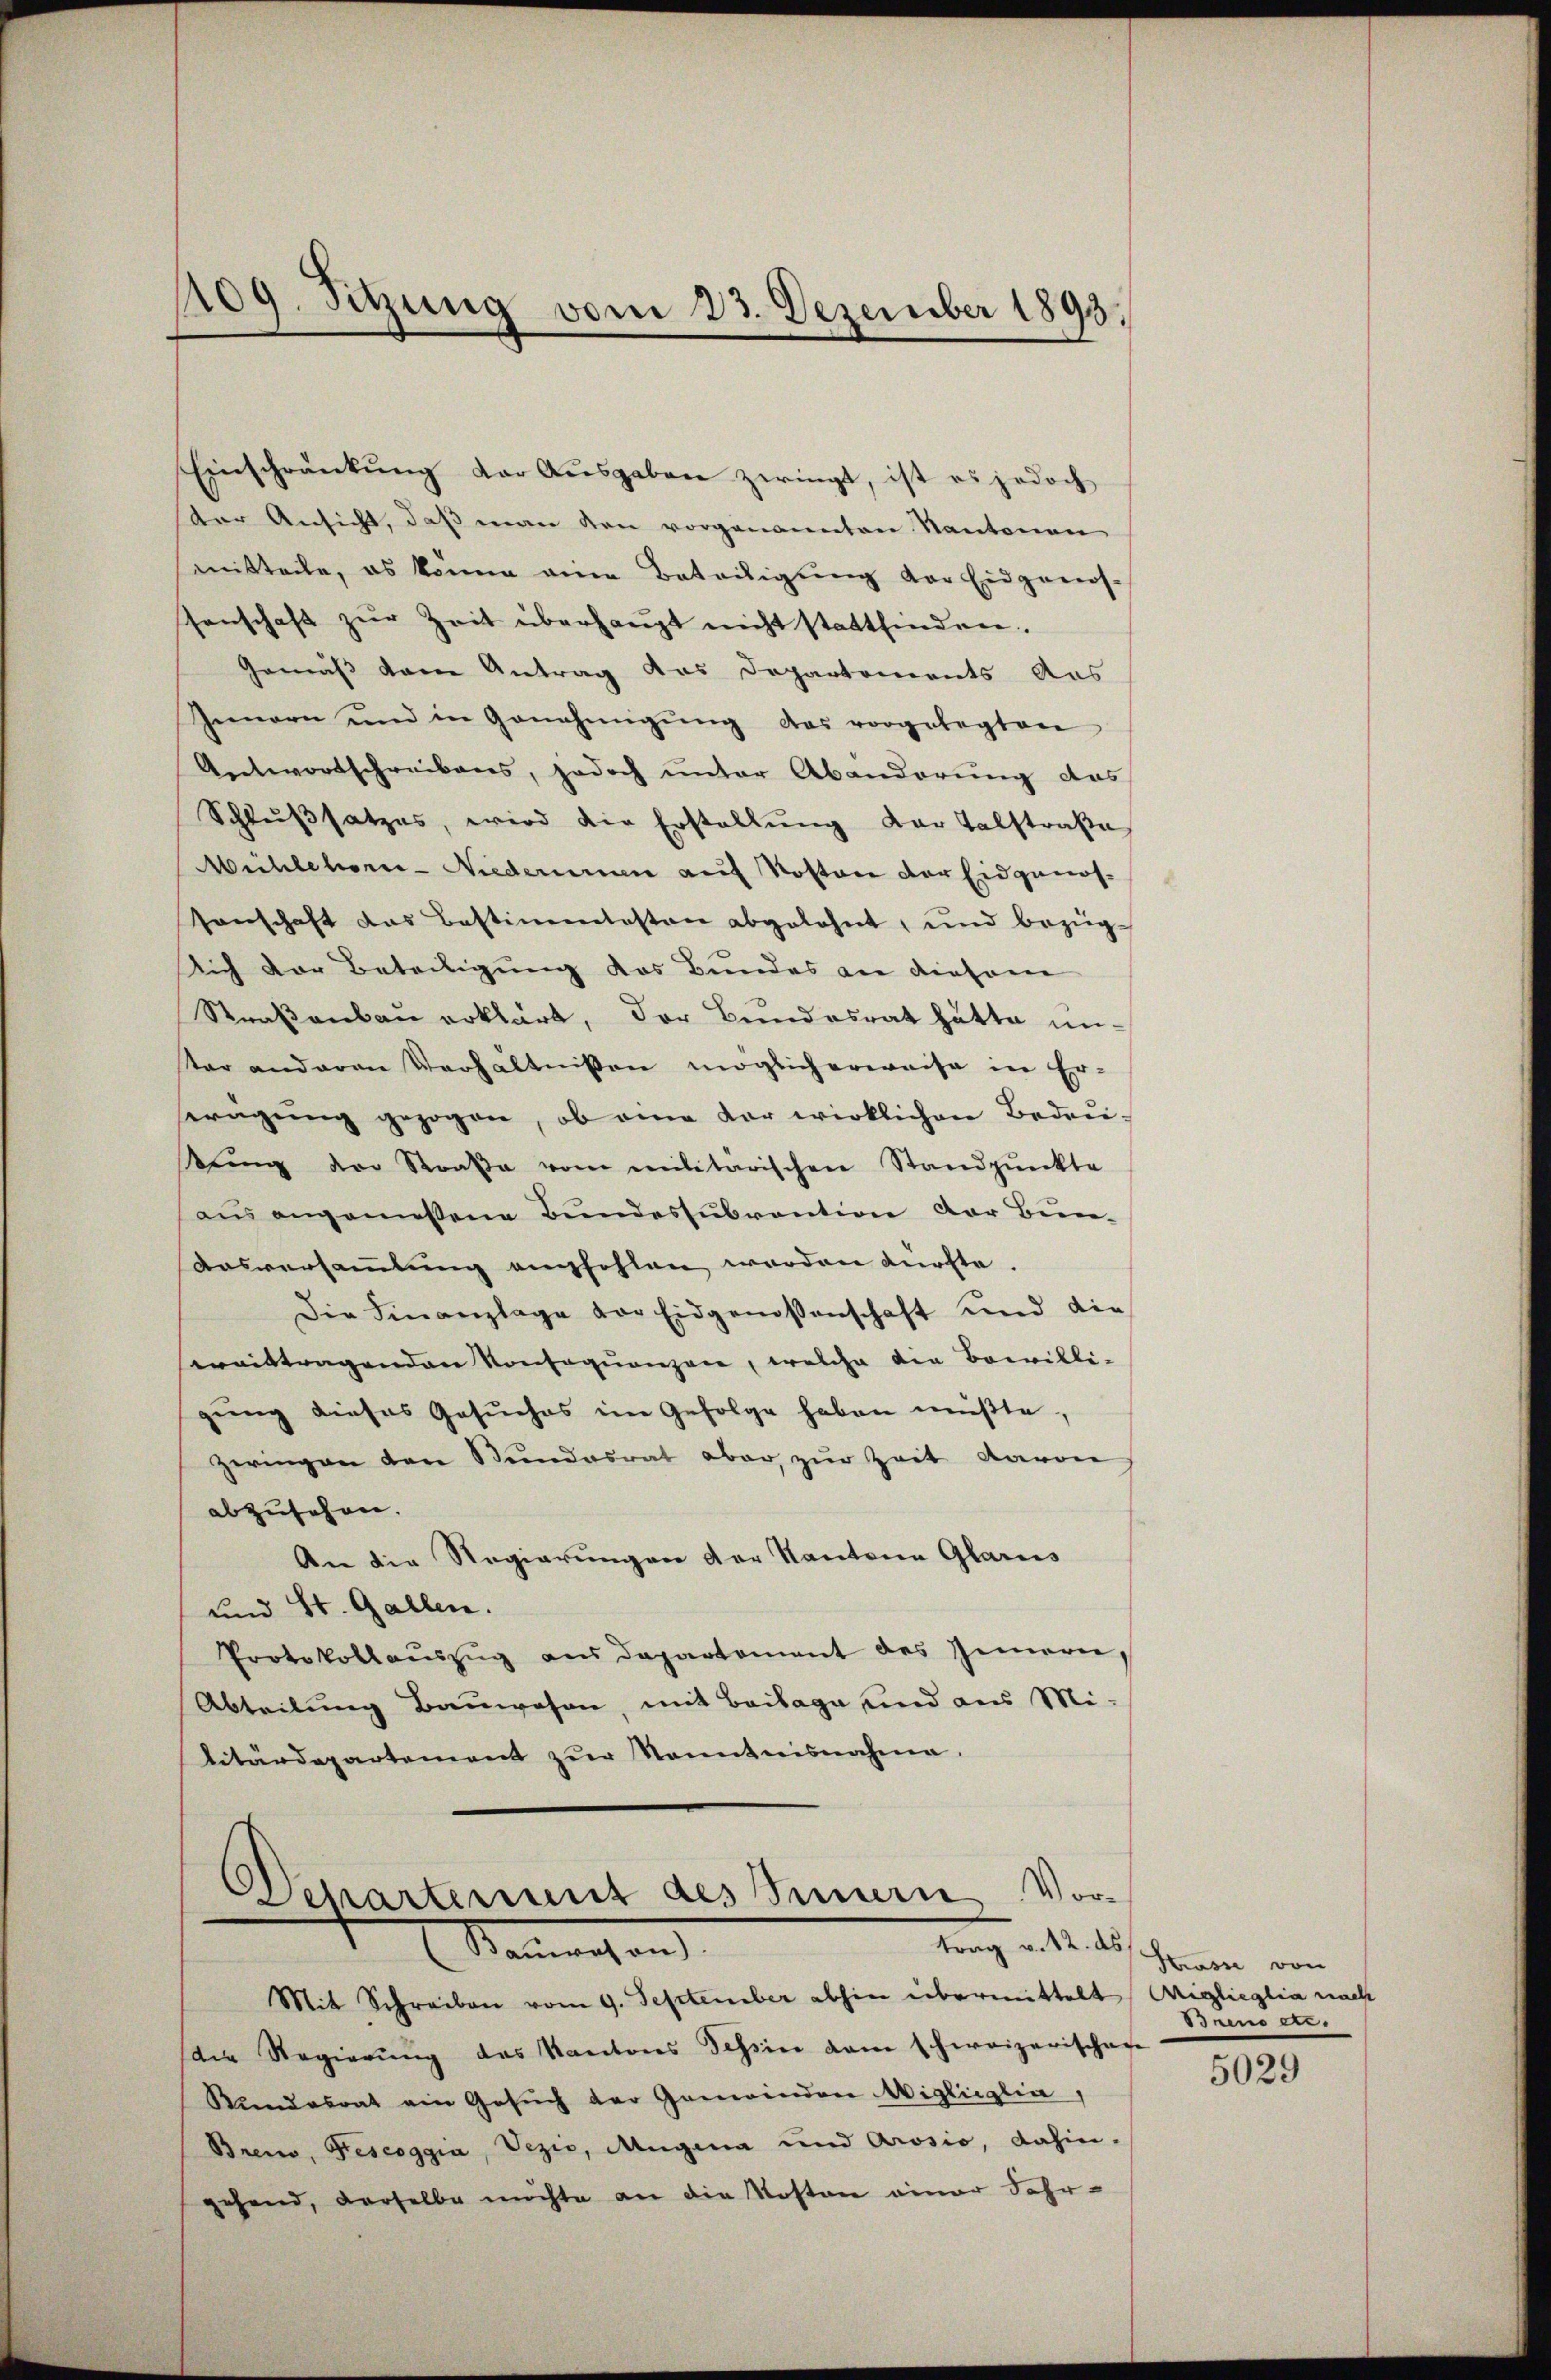
109. Sitzung vom 23. Dezember 1893.

ter Ansicht, daβ man den vorgenannten Kantonen
mitteile, es könne eine Beteiligung der Eidgenos-
senschaft zŭr Zeit überhaupt nicht stattfinden.
Gemäß dem Antrag das Departements Aus
Innern und in Genehmigŭng das vorgelegten
Antwortschreibens, jedoch unter Abänderŭng das
Schlußsatzes, wird die Erstellung der Talstraße
Mühlehorn-Niedermann auf Kosten der Eidgenossenschaft das Bestimmtesten abgelehnt, und bezüglich der Beteiligung das Bundes an diesen
Straßenbau erklärt, der Bundesrat hätte un-
tar anderen Verhältnissen möglicherweise in Er-
erügung gezogen, ob eine der wirklichen Bedeutring der Straβe vom militarischen Standpŭnkte
aŭs angemessene Bundessubvention der Bun-
Ausversammlung empfohlen werden dürfte.
Die Finanzlage vor Eidgenossenschaft und die
ereittragenden Konsequenzen, welche die Bewilli-
gung dieses Gesŭches im Gefolge haben müßte,
zeringen der Stundesrat aber zur Zeit davon
abzusehen.
An die Regierungen der Kantone Glarus
und St. Gallen.
Protokollauszug aus Departement des Innern,
Abteilung Bauwesen, mit Beilage und aus Mi-
litärdepartement zur Kenntnisnahme.

Einschränkŭng der Aŭsgaben zwingt, ist es jedoch

Departement des Innern Vortrag v. 12. ds
Manchen.
Mit Schreiben vom 9. September abhin übermittelt Aigleglia nach

der Regierung des Kantons Tessin dem schweizerischafe
Rŭndesrat ein Gesŭch der Gemeinden Migliiglia,
Bremo, Pescoggia, Vezić, Mugina und Arosio, dahin-
gehend, derselbe möchte an die Kosten einer Fahr-

Krasse von
sirend e

5029